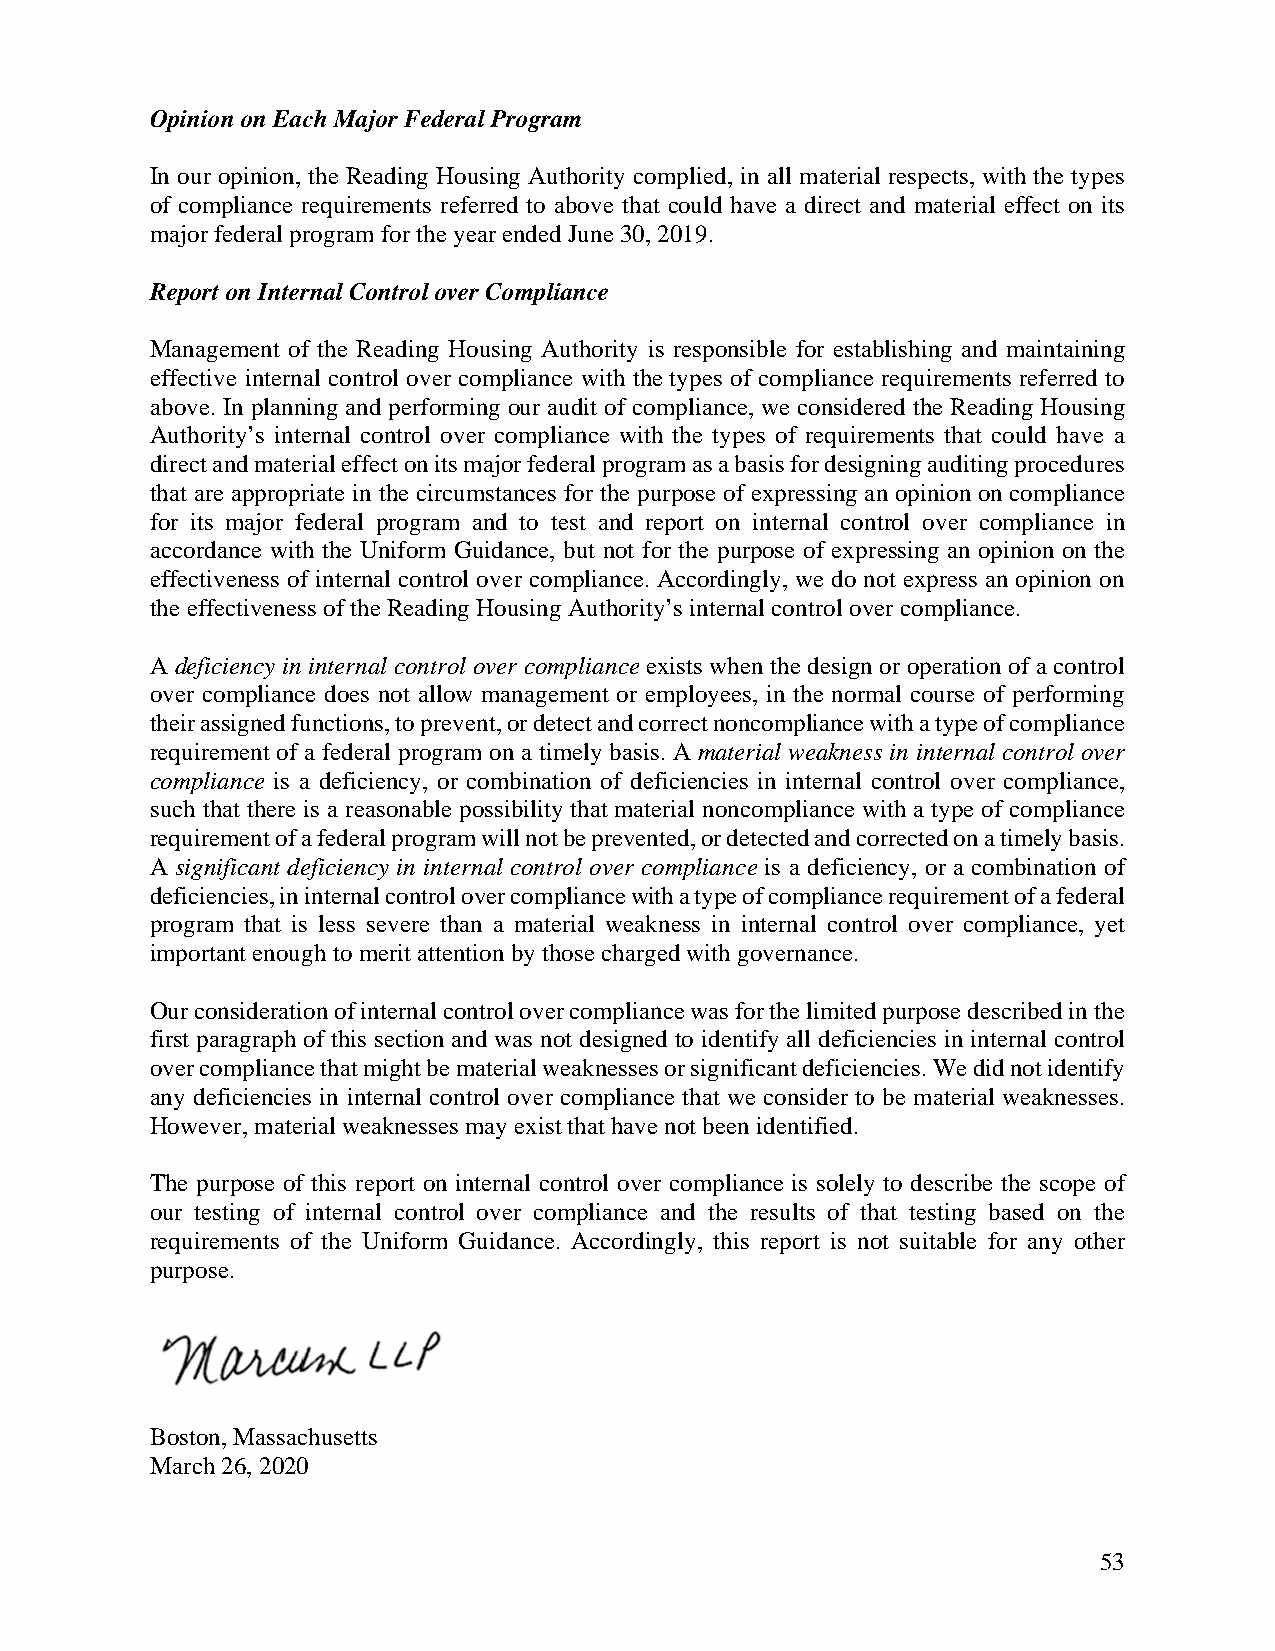
Opinion on Each Major Federal Program
 In our opinion, the Reading Housing Authority complied, in all material respects, with the types
 of compliance requirements referred to above that could have a direct and material effect on its
 major federal program for the year ended June 30, 2019.
 Report on Internal Control over Compliance
 Management of the Reading Housing Authority is responsible for establishing and maintaining
 effective internal control over compliance with the types of compliance requirements referred to
 above. In planning and performing our audit of compliance, we considered the Reading Housing
 Authority’s internal control over compliance with the types of requirements that could have a
 direct and material effect on its major federal program as a basis for designing auditing procedures
 that are appropriate in the circumstances for the purpose of expressing an opinion on compliance
 for its major federal program and to test and report on internal control over compliance in
 accordance with the Uniform Guidance, but not for the purpose of expressing an opinion on the
 effectiveness of internal control over compliance. Accordingly, we do not express an opinion on
 the effectiveness of the Reading Housing Authority’s internal control over compliance.
 A deficiency in internal control over compliance exists when the design or operation of a control
 over compliance does not allow management or employees, in the normal course of performing
 their assigned functions, to prevent, or detect and correct noncompliance with a type of compliance
 requirement of a federal program on a timely basis. A material weakness in internal control over
 compliance is a deficiency, or combination of deficiencies in internal control over compliance,
 such that there is a reasonable possibility that material noncompliance with a type of compliance
 requirement of a federal program will not be prevented, or detected and corrected on a timely basis.
 A significant deficiency in internal control over compliance is a deficiency, or a combination of
 deficiencies, in internal control over compliance with a type of compliance requirement of a federal
 program that is less severe than a material weakness in internal control over compliance, yet
 important enough to merit attention by those charged with governance.
 Our consideration of internal control over compliance was for the limited purpose described in the
 first paragraph of this section and was not designed to identify all deficiencies in internal control
 over compliance that might be material weaknesses or significant deficiencies. We did not identify
 any deficiencies in internal control over compliance that we consider to be material weaknesses.
 However, material weaknesses may exist that have not been identified.
 The purpose of this report on internal control over compliance is solely to describe the scope of
 our testing of internal control over compliance and the results of that testing based on the
 requirements of the Uniform Guidance. Accordingly, this report is not suitable for any other
 purpose.
 Boston, Massachusetts
 March 26, 2020
 53